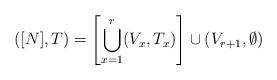
LaTeX: \begin{align*}([N], T ) = \left[ \bigcup_{x=1}^r (V_x, T_x)\right] \cup (V_{r+1}, \emptyset)\end{align*}